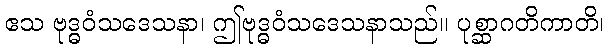
ဧသ ဗုဒ္ဓဝံသဒေသနာ၊ ဤဗုဒ္ဓဝံသဒေသနာသည်။ ပုစ္ဆာဂတိကာတိ၊